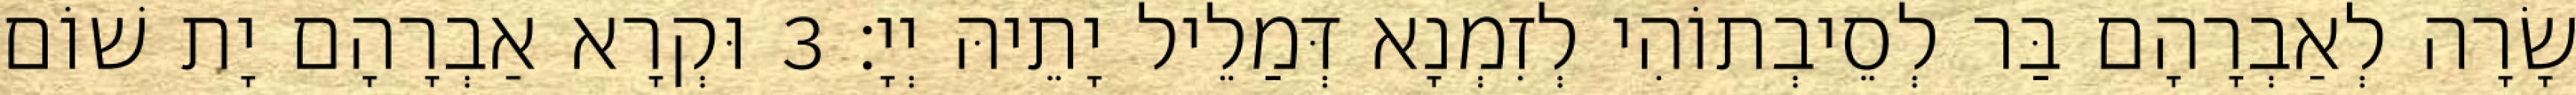
שָׂרָה לְאַבְרָהָם בַּר לְסֵיבְתוֹהִי לְזִמְנָא דְּמַלֵיל יָתֵיהּ יְיָ׃ 3 וּקְרָא אַבְרָהָם יָת שׁוֹם